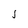
Character: l